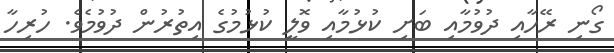
ގޯނި ރޭހާއި ދުވުމާއި ބަށި ކުޅުމާއި ވޮލީ ކުޅުމުގެ އިތުރުން ދުވުމެވެ. ހުރިހާ